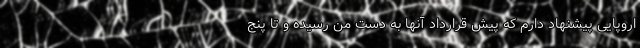
اروپایی پیشنهاد دارم که پیش قرارداد آنها به دست من رسیده و تا پنج